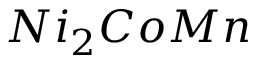
N i _ { 2 } C o M n